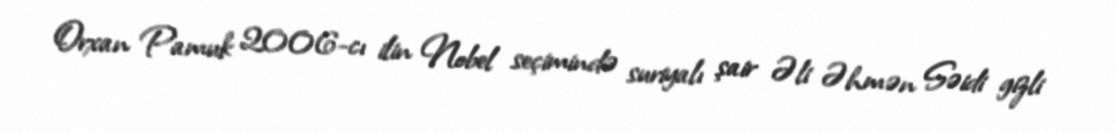
Orxan Pamuk 2006-cı ilin Nobel seçimində suriyalı şair Əli Əhmən Səidi gizli